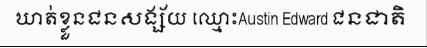
ឃាត់ខ្លួនជនសង្ស័យ ឈ្មោះAustin Edward ជនជាតិ